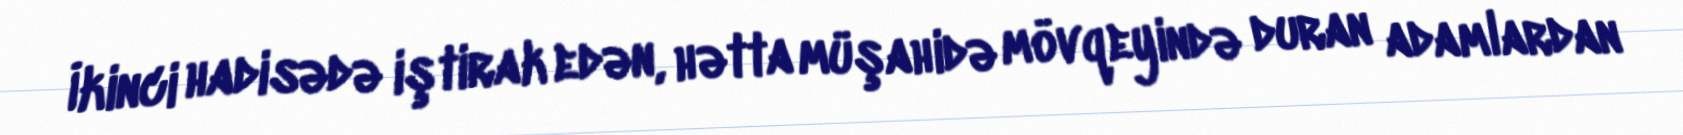
İkinci hadisədə iştirak edən, hətta müşahidə mövqeyində duran adamlardan